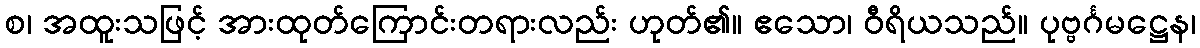
စ၊ အထူးသဖြင့် အားထုတ်ကြောင်းတရားလည်း ဟုတ်၏။ ဧသော၊ ဝီရိယသည်။ ပုဗ္ဗင်္ဂမဋ္ဌေန၊